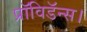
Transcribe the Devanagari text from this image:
प्रॉविडॅन्स।